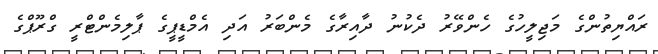
ރައްޔިތުންގެ މަޖިލީހުގެ ހެންވޭރު ދެކުނު ދާއިރާގެ މެންބަރު އަދި އެމްޑީޕީގެ ޕާލިމެންޓްރީ ގްރޫޕްގެ